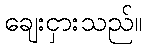
ချေးငှားသည်။